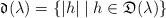
LaTeX: \begin{align*}\mathfrak d(\lambda)=\{|h|\mid h\in\mathfrak D(\lambda)\}\end{align*}